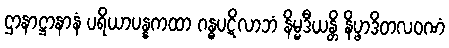
ဌာနာဋ္ဌာနာနံ ပရိယာပန္နကထာ ဂန္ဓပဋိလာဘံ နိမ္မဒီယန္တိ နိပ္ဖာဒိတလဝဏံ